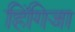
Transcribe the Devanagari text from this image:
हिंगिजा